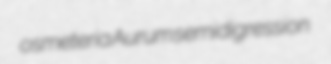
osmeteria Aurum semidigression